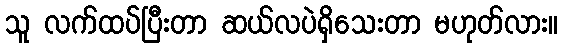
သူ လက်ထပ်ပြီးတာ ဆယ်လပဲရှိသေးတာ မဟုတ်လား။